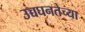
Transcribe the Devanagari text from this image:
उच्चघनतेच्या